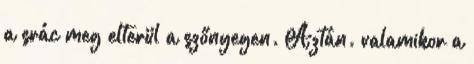
a srác meg elterül a szőnyegen. Aztán. valamikor a